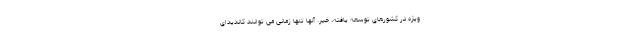
ویژه در کشورهای توسعه یافته، خیر. آنها تنها زمانی می توانند کاندیدای